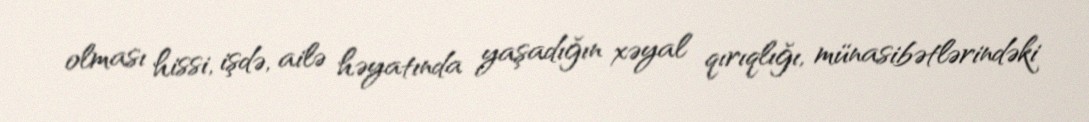
olması hissi, işdə, ailə həyatında yaşadığın xəyal qırıqlığı, münasibətlərindəki